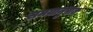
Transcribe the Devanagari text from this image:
समयानुपात